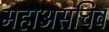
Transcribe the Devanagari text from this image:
महाअसचिव